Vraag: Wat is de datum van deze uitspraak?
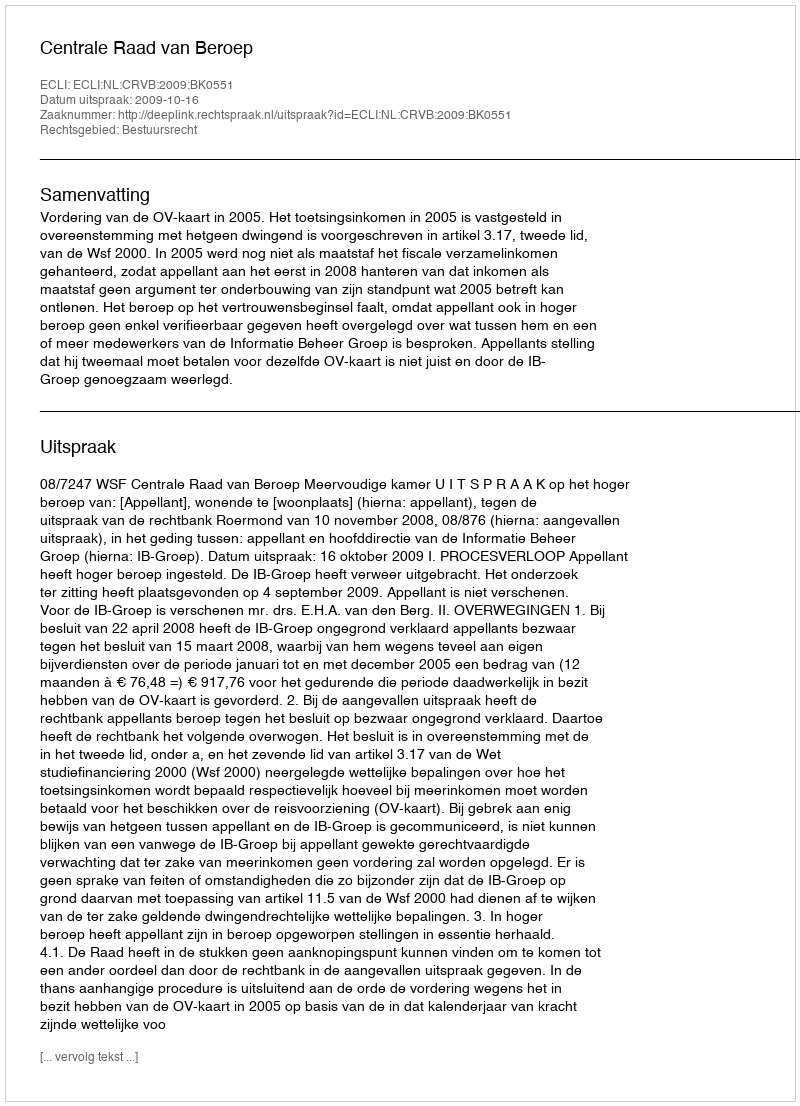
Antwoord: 2009-10-16